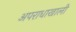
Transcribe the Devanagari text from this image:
अपराधाखाली